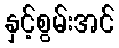
နှင့်စွမ်းအင်